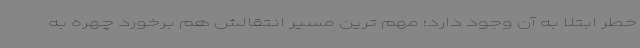
خطر ابتلا به آن وجود دارد؛ مهم ترین مسیر انتقالش هم برخورد چهره به